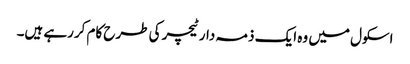
اسکول میں وہ ایک ذمہ دار ٹیچر کی طرح کام کررہے ہیں۔